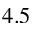
4 . 5